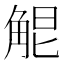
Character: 𧣤